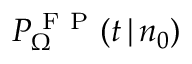
P _ { \Omega } ^ { \mathrm { ~ F ~ P ~ } } ( t \, | \, n _ { 0 } )